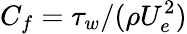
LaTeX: C_{f}=\tau_{w}/(\rho U_{e}^{2})